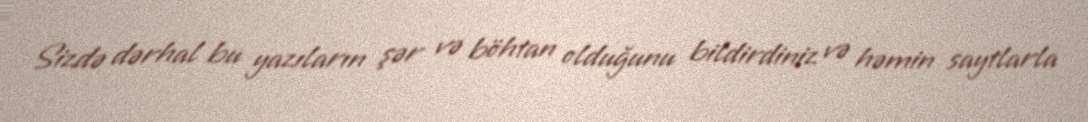
Sizdə dərhal bu yazıların şər və böhtan olduğunu bildirdiniz və həmin saytlarla